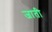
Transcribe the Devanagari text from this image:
जाती